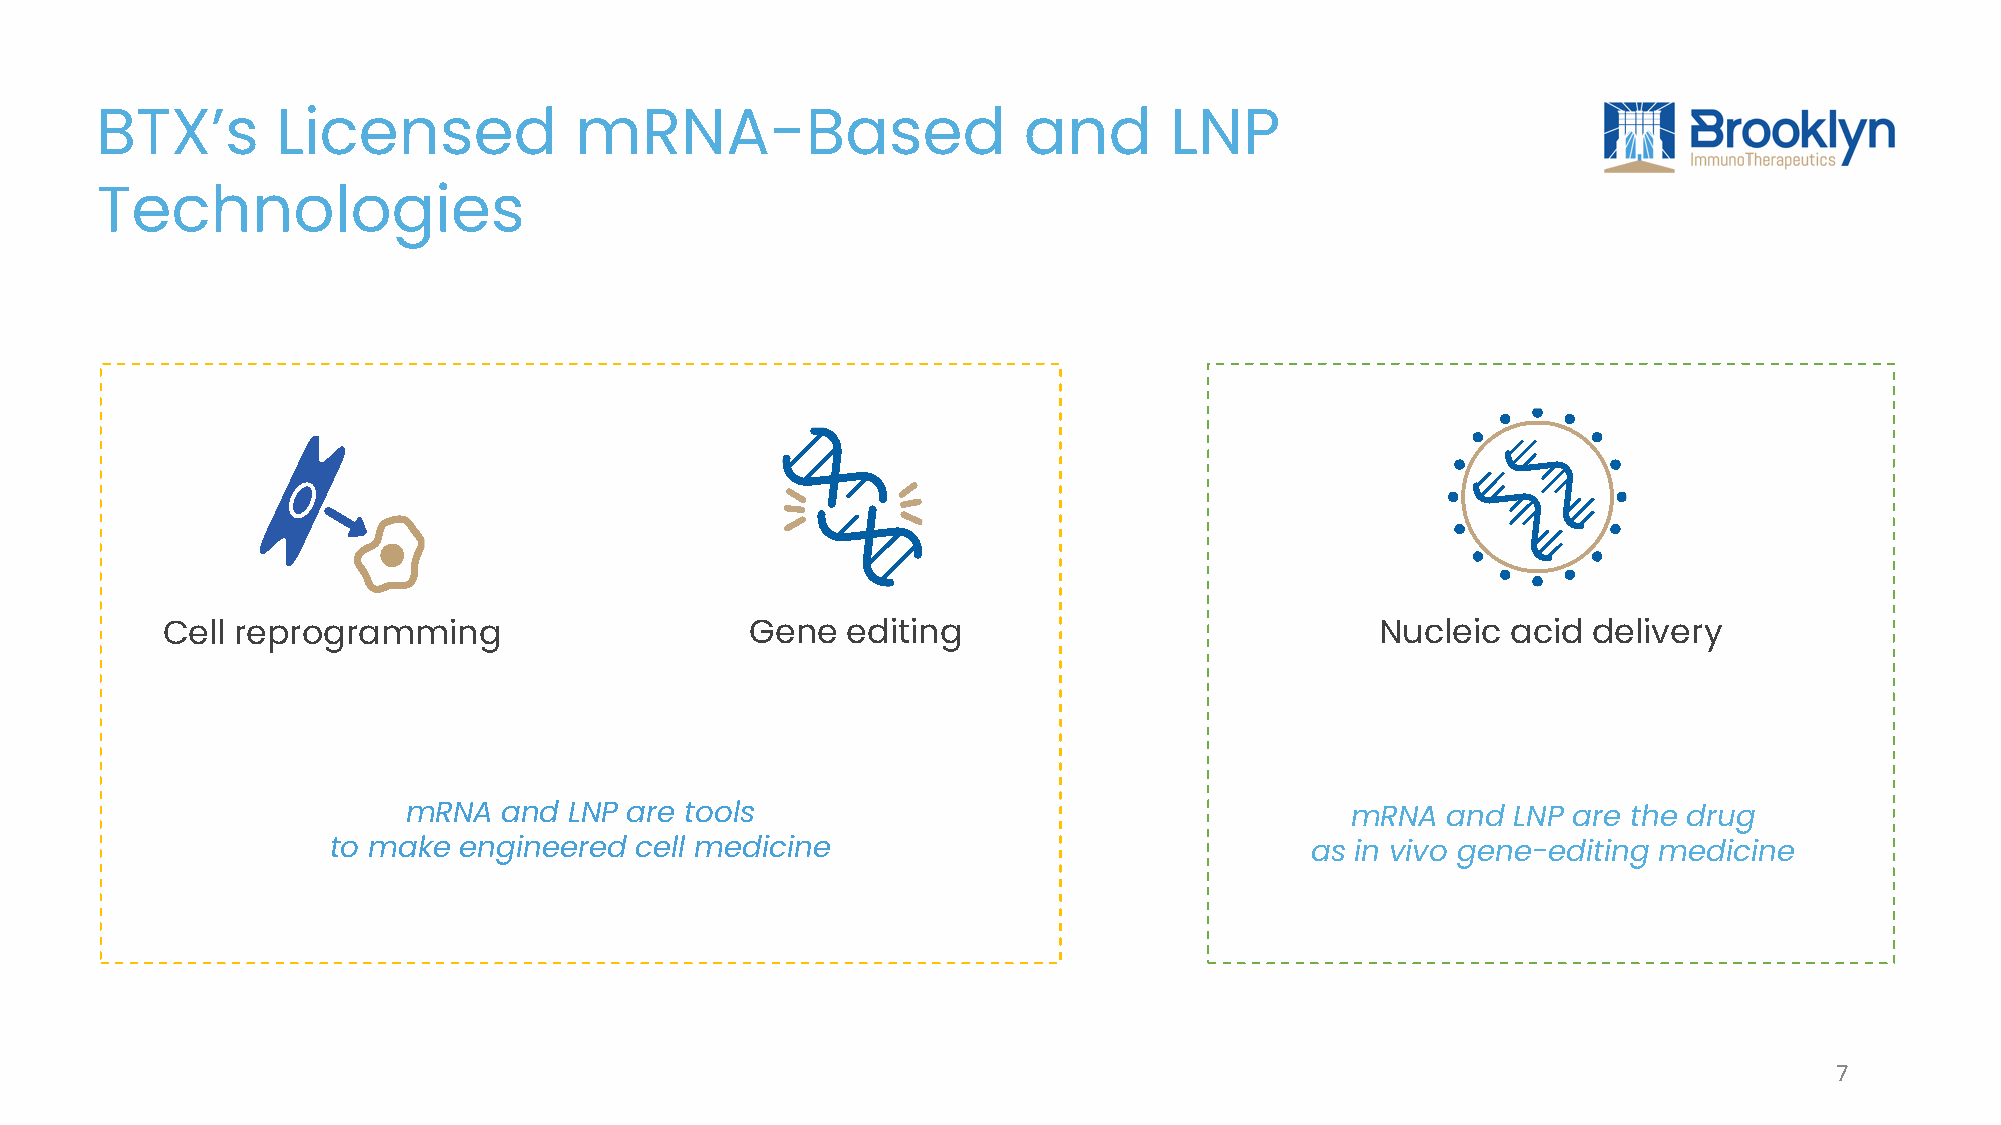
BTX’s       Licensed            mRNA-Based                    and      LNP
 Technologies
 Cell reprogramming                     Gene  editing                            Nucleic  acid delivery
 mRNA  and  LNP are tools                                      mRNA   and LNP are the drug
 to make engineered  cell medicine                                as in vivo gene-editing medicine
 7